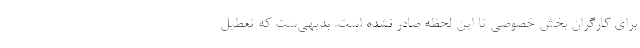
برای کارگران بخش خصوصی تا این لحظه صادر نشده است. بدیهی‌ست که تعطیل